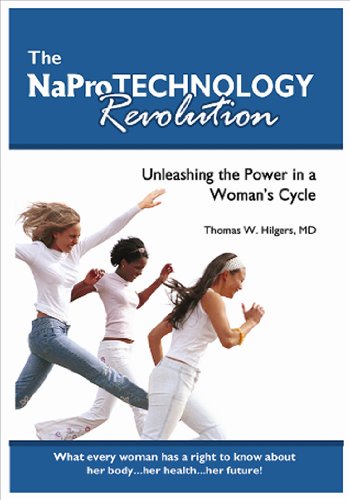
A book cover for The NaPro Technology Revolution: Unleashing the Power in a Woman's Cycle; Thomas W. Hilgers; Parenting & Relationships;